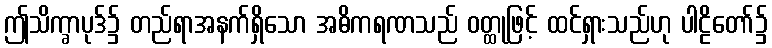
ဤသိက္ခာပုဒ်၌ တည်ရာအနက်ရှိသော အဓိကရဏသည် ဝတ္ထုဖြင့် ထင်ရှားသည်ဟု ပါဠိတော်၌